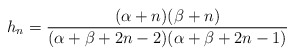
\begin{align*}h_n=\frac{(\alpha+n)(\beta+n)}{(\alpha+\beta+2n-2)(\alpha+\beta+2n-1)}\end{align*}